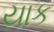
યાક